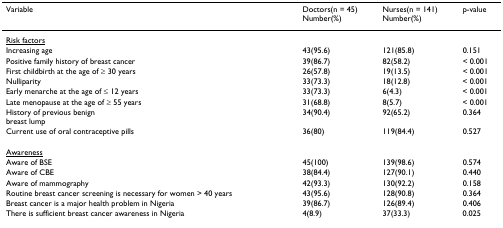
| Variable | Doctors(n = 45)Number(%) | Nurses(n = 141)Number(%) | p-value |
 | --- | --- | --- | --- |
 | <underline>Risk factors</underline> |  |  |  |
 | Increasing age | 43(95.6) | 121(85.8) | 0.151 |
 | Positive family history of breast cancer | 39(86.7) | 82(58.2) | < 0.001 |
 | First childbirth at the age of ≥ 30 years | 26(57.8) | 19(13.5) | < 0.001 |
 | Nulliparity | 33(73.3) | 18(12.8) | < 0.001 |
 | Early menarche at the age of ≤ 12 years | 33(73.3) | 6(4.3) | < 0.001 |
 | Late menopause at the age of ≥ 55 years | 31(68.8) | 8(5.7) | < 0.001 |
 | History of previous benignbreast lump | 34(90.4) | 92(65.2) | 0.364 |
 | Current use of oral contraceptive pills | 36(80) | 119(84.4) | 0.527 |
 | <underline>Awareness</underline> |  |  |  |
 | Aware of BSE | 45(100) | 139(98.6) | 0.574 |
 | Aware of CBE | 38(84.4) | 127(90.1) | 0.440 |
 | Aware of mammography | 42(93.3) | 130(92.2) | 0.158 |
 | Routine breast cancer screening is necessary for women > 40 years | 43(95.6) | 128(90.8) | 0.364 |
 | Breast cancer is a major health problem in Nigeria | 39(86.7) | 126(89.4) | 0.406 |
 | There is sufficient breast cancer awareness in Nigeria | 4(8.9) | 37(33.3) | 0.025 |